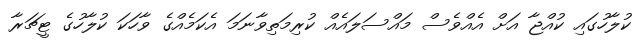
ކުލާހުގައި ކުއްޖާ އަށް އެއްވެސް މައްސަލައެއް ކުރިމަތިވާނަމަ އެކަމެއްގެ ވާހަކަ ކުލާހުގެ ޓީޗަރާ